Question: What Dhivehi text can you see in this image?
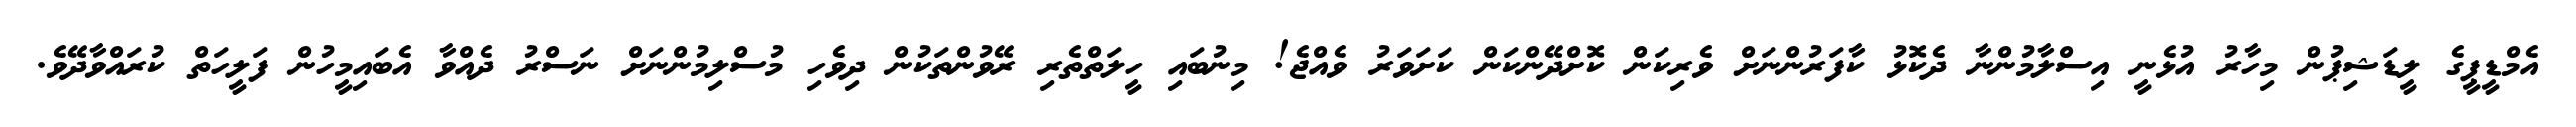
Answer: އެމްޑީޕީގެ ލީޑަޝިޕުން މިހާރު އުޅެނީ އިސްލާމުންނާ ދެކޮޅު ކާފަރުންނަށް ވެރިކަން ކޮށްދޭންކަން ކަށަވަރު ވެއްޖެ! މިނުބައި ހީލަތްތެރި ރޭވުންތަކުން ދިވެހި މުސްލިމުންނަށް ނަސްރު ދެއްވާ އެބައިމީހުން ފަލީހަތް ކުރައްވާދޭވެ.